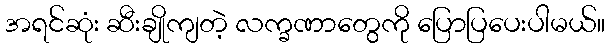
အရင်ဆုံး ဆီးချိုကျတဲ့ လက္ခဏာတွေကို ပြောပြပေးပါမယ်။